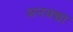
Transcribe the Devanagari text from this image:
अनवद्या